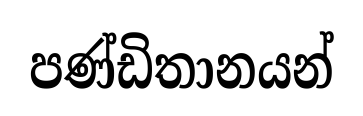
පණ්ඩිතානයන්